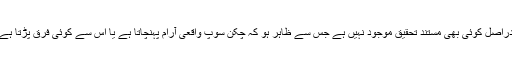
دراصل کوئی بھی مستند تحقیق موجود نہیں ہے جس سے ظاہر ہو کہ چکن سوپ واقعی آرام پہنچاتا ہے یا اس سے کوئی فرق پڑتا ہے۔